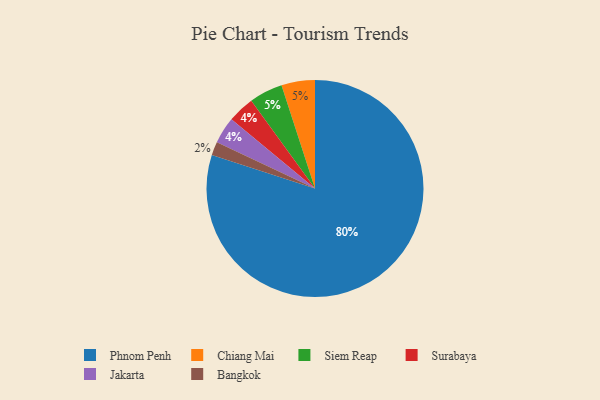
{"axis": {"x": "Category", "y": "Percentage"}, "legend": ["Bangkok", "Chiang Mai", "Jakarta", "Phnom Penh", "Siem Reap", "Surabaya"], "data": [{"x": "Bangkok", "y": 2, "type": "Bangkok"}, {"x": "Chiang Mai", "y": 5, "type": "Chiang Mai"}, {"x": "Surabaya", "y": 4, "type": "Surabaya"}, {"x": "Siem Reap", "y": 5, "type": "Siem Reap"}, {"x": "Jakarta", "y": 4, "type": "Jakarta"}, {"x": "Phnom Penh", "y": 80, "type": "Phnom Penh"}]}